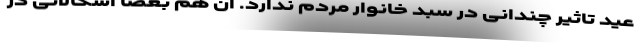
عید تاثیر چندانی در سبد خانوار مردم ندارد. آن هم بعضا اشکالاتی در